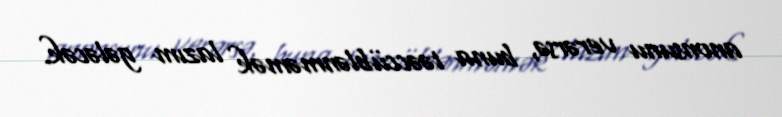
anonsunu verərsə, buna təəccüblənməmək lazım gələcək.